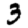
Digit: 3